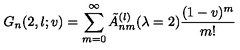
G _ { n } ( 2 , l ; v ) = \sum _ { m = 0 } ^ { \infty } \tilde { A } _ { n m } ^ { ( l ) } ( \lambda = 2 ) \frac { ( 1 - v ) ^ { m } } { m ! }